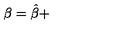
\beta = \hat { \beta } +